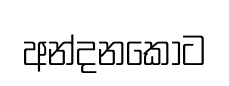
අන්දනකොට